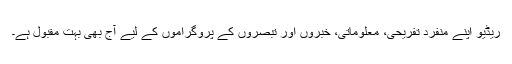
ریڈیو اپنے منفرد تفریحی، معلوماتی، خبروں اور تبصروں کے پروگراموں کے لیے آج بھی بہت مقبول ہے۔